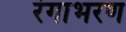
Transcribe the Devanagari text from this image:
रंगाभरण